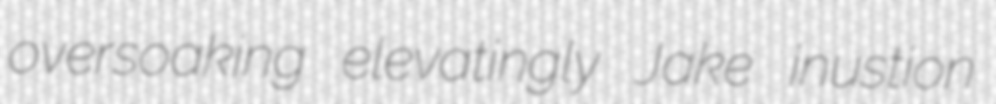
oversoaking elevatingly Jake inustion